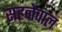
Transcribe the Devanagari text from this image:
सहनेवाल